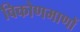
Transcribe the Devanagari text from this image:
विकोणमाणों